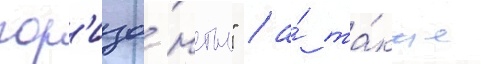
гор'изо́нты" / а́ та́кже